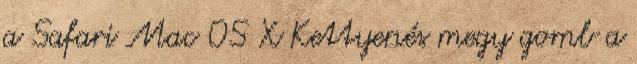
a Safari Mac OS X Kettyenés megy gomb a